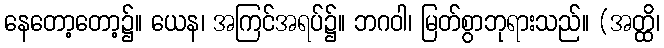
နေတော့တော့၌။ ယေန၊ အကြင်အရပ်၌။ ဘဂဝါ၊ မြတ်စွာဘုရားသည်။ (အတ္ထိ၊